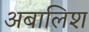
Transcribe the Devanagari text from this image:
अबालिश